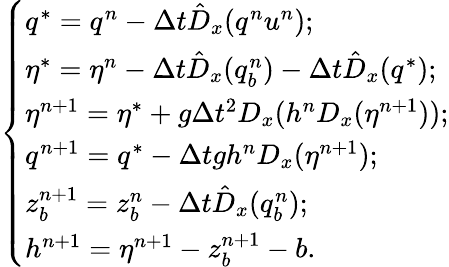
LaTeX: \left\{ \begin{array}{ll}{q^{*}=q^{n}-\Delta t\hat{D}_{x}(q^{n}u^{n});}\\ {\eta^{*}=\eta^{n}-\Delta t\hat{D}_{x}(q_{b}^{n})-\Delta t\hat{D}_{x}(q^{*});}\\ {\eta^{n+1}=\eta^{*}+g\Delta t^{2}D_{x}(h^{n}D_{x}(\eta^{n+1}));}\\ {q^{n+1}=q^{*}-\Delta tgh^{n}D_{x}(\eta^{n+1});}\\ {z_{b}^{n+1}=z_{b}^{n}-\Delta t\hat{D}_{x}(q_{b}^{n});}\\ {h^{n+1}=\eta^{n+1}-z_{b}^{n+1}-b.}\end{array}\right.